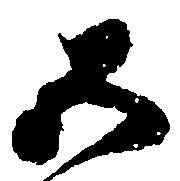
五